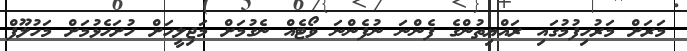
މަރަށް މަރުހިފުމުގައި ރައްޔިތުންގެ ފެންނަ ނުފެންނަ ވޯޓެއް ނެގުމަށް މަޖިލީހަށް ހުށަހެޅުމަށް މަހުލޫފް